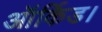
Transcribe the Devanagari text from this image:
ऑर्किड।